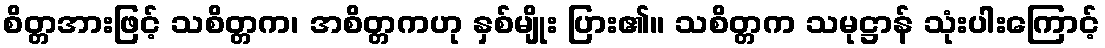
စိတ္တအားဖြင့် သစိတ္တက၊ အစိတ္တကဟု နှစ်မျိုး ပြား၏။ သစိတ္တက သမုဋ္ဌာန် သုံးပါးကြောင့်